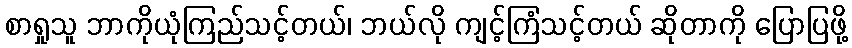
စာရှုသူ ဘာကိုယုံကြည်သင့်တယ်၊ ဘယ်လို ကျင့်ကြံသင့်တယ် ဆိုတာကို ပြောပြဖို့